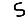
Digit: 5